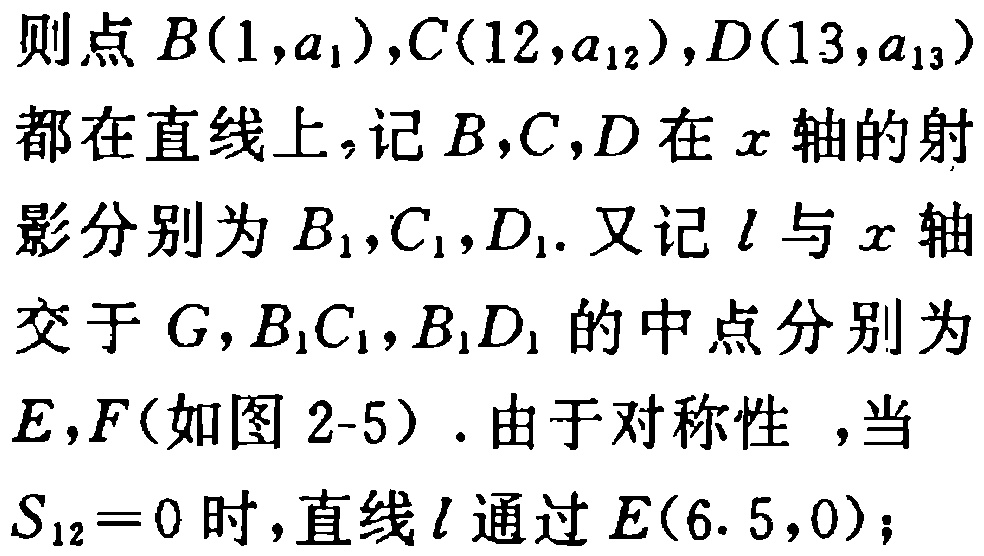
则点 \(B(1,a_{1}),C(12,a_{12}),D(13,a_{13})\)

都在直线上，记 \(B,C,D\) 在 \(x\) 轴的射

影分别为 \(B_{1},C_{1},D_{1}\). 又记 \(l\) 与 \(x\) 轴

交于 \(G\)，\(B_{1}C_{1},B_{1}D_{1}\) 的中点分别为

\(E,F\)（如图 2-5）. 由于对称性 ，当

\(S_{12}=0\) 时，直线 \(l\) 通过 \(E(6. 5,0)\)；